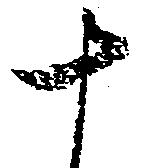
十